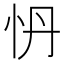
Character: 𭜗